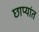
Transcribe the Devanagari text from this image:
छाप्यांत